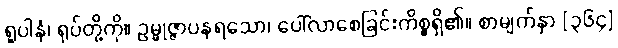
ရူပါနံ၊ ရုပ်တို့ကို။ ဥမ္မုဇ္ဇာပနရသော၊ ပေါ်လာစေခြင်းကိစ္စရှိ၏။ စာမျက်နှာ [၃၆၄]